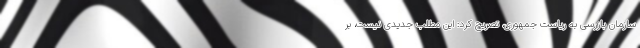
سازمان بازرسی به ریاست جمهوری، تصریح کرد: این مطلب جدیدی نیست، بر